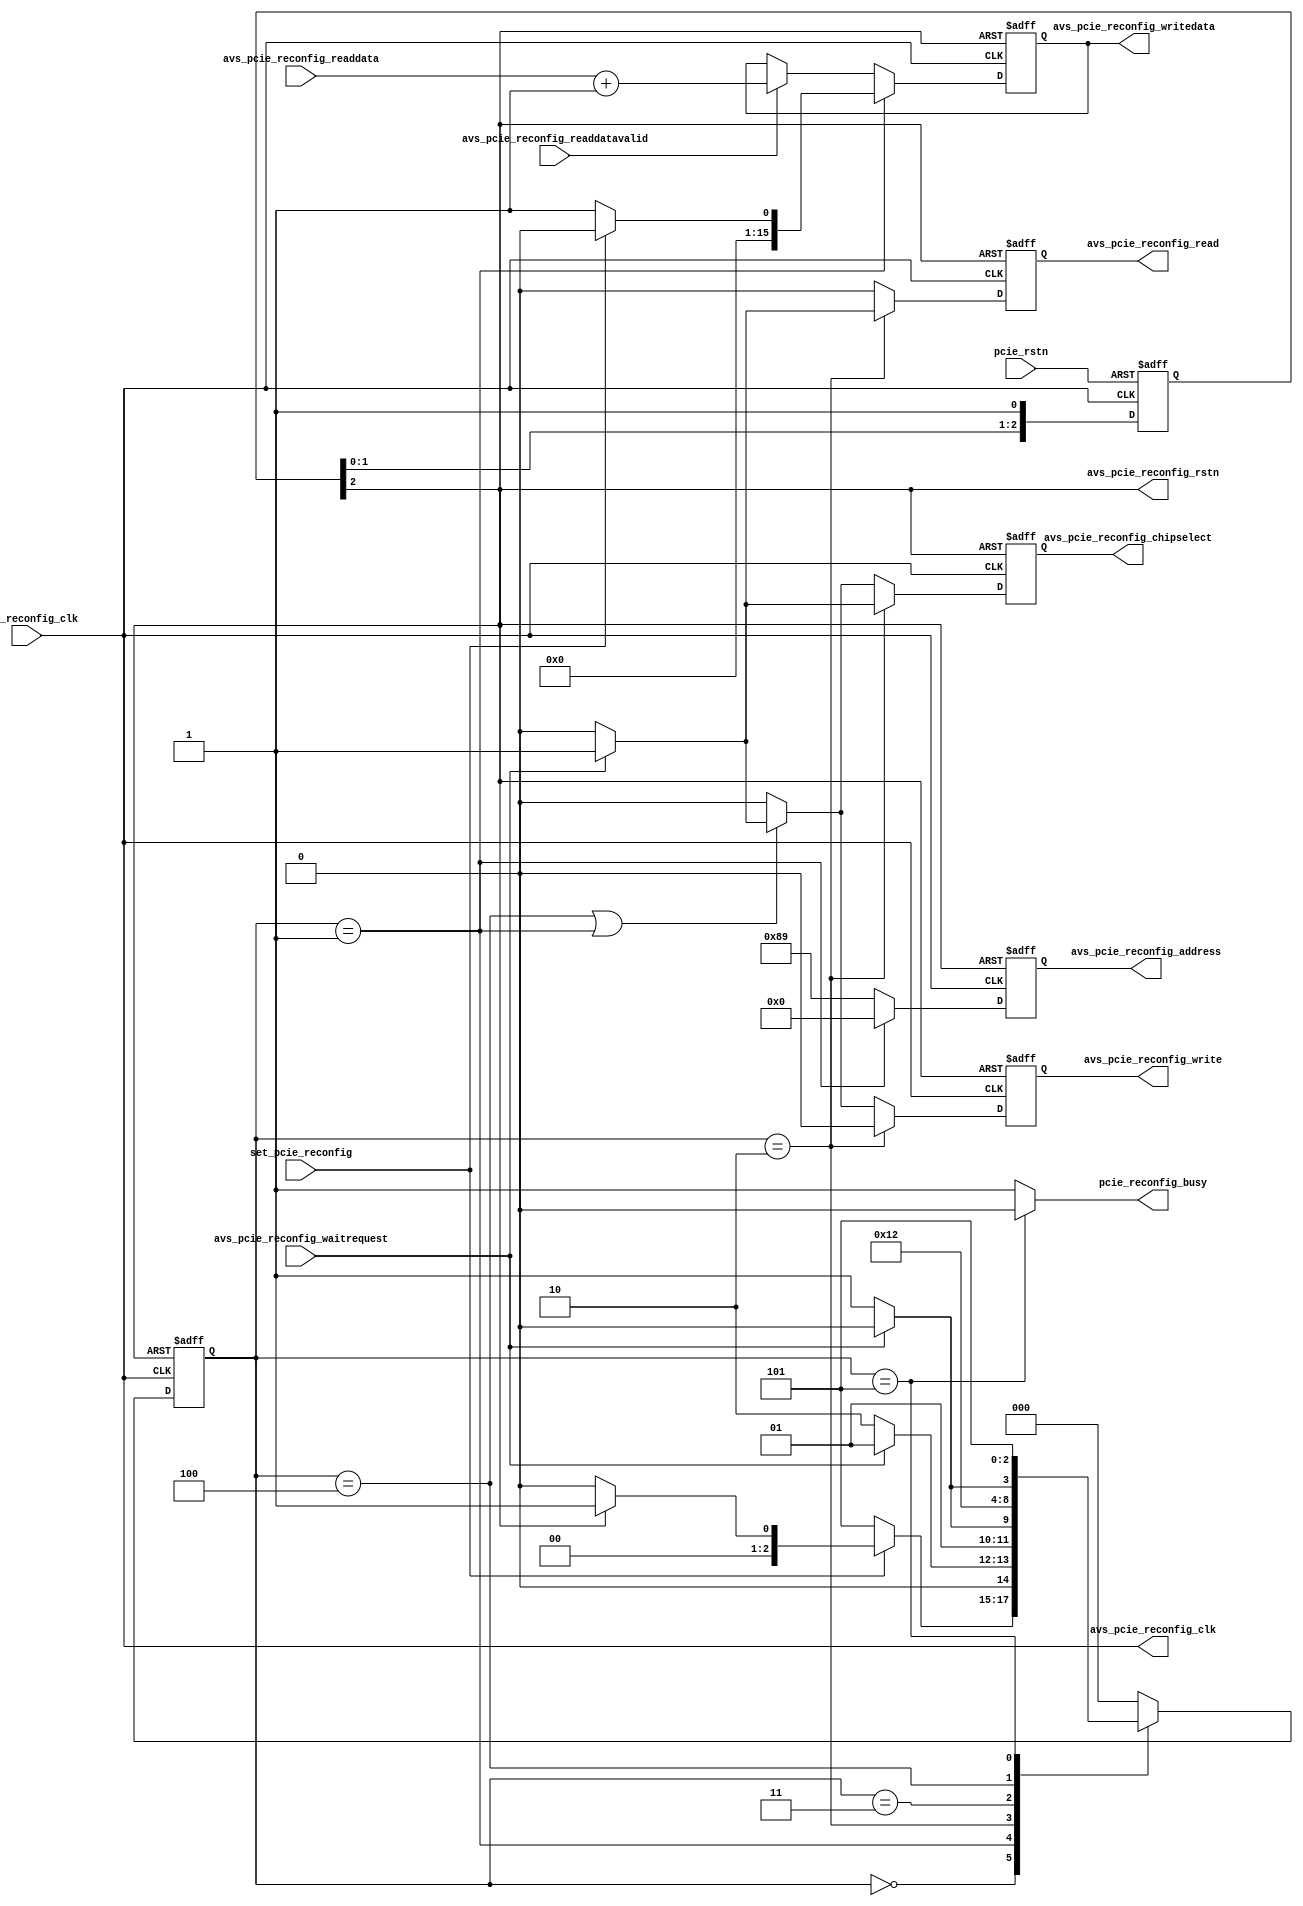
// /**
//  * This Verilog HDL file is used for simulation and synthesis in
//  * the chaining DMA design example. It arbitrates PCI Express packets for
//  * the modules altpcierd_dma_dt (read or write) and altpcierd_rc_slave. It
//  * instantiates the Endpoint memory used for the DMA read and write transfer.
//  */
// synthesis translate_off
`timescale 1ns / 1ps
// synthesis translate_on

// synthesis verilog_input_version verilog_2001
// turn off superfluous verilog processor warnings
// altera message_level Level1
// altera message_off 10034 10035 10036 10037 10230 10240 10030

//-----------------------------------------------------------------------------
// Title         : PCI Express Reference Design Example Application
// Project       : PCI Express MegaCore function
//-----------------------------------------------------------------------------
//-----------------------------------------------------------------------------
// Description :
// This is the complete example application for the PCI Express Reference
// Design. This has all of the application logic for the example.
//-----------------------------------------------------------------------------
// Copyright  2009 Altera Corporation. All rights reserved.  Altera products are
// protected under numerous U.S. and foreign patents, maskwork rights, copyrights and
// other intellectual property laws.
//
// This reference design file, and your use thereof, is subject to and governed by
// the terms and conditions of the applicable Altera Reference Design License Agreement.
// By using this reference design file, you indicate your acceptance of such terms and
// conditions between you and Altera Corporation.  In the event that you do not agree with
// such terms and conditions, you may not use the reference design file. Please promptly
// destroy any copies you have made.
//
// This reference design file being provided on an "as-is" basis and as an accommodation
// and therefore all warranties, representations or guarantees of any kind
// (whether express, implied or statutory) including, without limitation, warranties of
// merchantability, non-infringement, or fitness for a particular purpose, are
// specifically disclaimed.  By making this reference design file available, Altera
// expressly does not recommend, suggest or require that this reference design file be
// used in combination with any other product not provided by Altera.
//-----------------------------------------------------------------------------
module altpcierd_pcie_reconfig_initiator
    (
  output reg [  7: 0]   avs_pcie_reconfig_address,
  output reg            avs_pcie_reconfig_chipselect,
  output reg            avs_pcie_reconfig_write,
  output reg [ 15: 0]   avs_pcie_reconfig_writedata,
  input                 avs_pcie_reconfig_waitrequest,
  output reg            avs_pcie_reconfig_read,
  input [15: 0]         avs_pcie_reconfig_readdata,
  input                 avs_pcie_reconfig_readdatavalid,
  output                avs_pcie_reconfig_clk,
  output                avs_pcie_reconfig_rstn,

  input                 pcie_rstn,
  input                 set_pcie_reconfig,
  input                 pcie_reconfig_clk,
  output                pcie_reconfig_busy
);

localparam IDLE_ST                  =0,
           ENABLE_PCIE_RECONFIG_ST  =1,
           READ_VENDOR_ID_ST        =2,
           VENDOR_ID_UPD_ST         =3,
           WRITE_VENDOR_ID_ST       =4,
           PCIE_RECONFIG_DONE_ST    =5;

reg [2:0] cstate;
reg [2:0] nstate;
reg [2:0] pcie_rstn_sync /* synthesis ALTERA_ATTRIBUTE = "SUPPRESS_DA_RULE_INTERNAL=R102 ; SUPPRESS_DA_RULE_INTERNAL=R101"  */;

   assign pcie_reconfig_busy = (cstate==PCIE_RECONFIG_DONE_ST)?1'b0:1'b1;
   assign avs_pcie_reconfig_rstn = pcie_rstn_sync[2];
   assign avs_pcie_reconfig_clk = pcie_reconfig_clk;

   always @*
   case (cstate)
      IDLE_ST:
         if (set_pcie_reconfig==1'b1) begin
            if (pcie_rstn_sync[2]==1'b1)
               nstate = ENABLE_PCIE_RECONFIG_ST;
            else
               nstate = IDLE_ST;
            end
         else
            nstate = PCIE_RECONFIG_DONE_ST;

      ENABLE_PCIE_RECONFIG_ST:
         if (avs_pcie_reconfig_waitrequest==1'b0)
            nstate = READ_VENDOR_ID_ST;
          else
            nstate = ENABLE_PCIE_RECONFIG_ST;

      READ_VENDOR_ID_ST:
         if (avs_pcie_reconfig_waitrequest==1'b0)
            nstate = VENDOR_ID_UPD_ST;
          else
            nstate = READ_VENDOR_ID_ST;

      VENDOR_ID_UPD_ST:
         nstate = WRITE_VENDOR_ID_ST;

      WRITE_VENDOR_ID_ST:
         if (avs_pcie_reconfig_waitrequest==1'b0)
            nstate = PCIE_RECONFIG_DONE_ST;
          else
            nstate = WRITE_VENDOR_ID_ST;

      PCIE_RECONFIG_DONE_ST:
            nstate = PCIE_RECONFIG_DONE_ST;

      default:
         nstate = IDLE_ST;

   endcase

   always @ (negedge pcie_rstn_sync[2] or posedge pcie_reconfig_clk) begin
      if (pcie_rstn_sync[2]==1'b0) begin
         avs_pcie_reconfig_address     <=8'h0;
         avs_pcie_reconfig_chipselect  <=1'b0;
         avs_pcie_reconfig_write       <=1'b0;
         avs_pcie_reconfig_writedata   <=16'h0;
         avs_pcie_reconfig_read        <=1'b0;
      end
      else begin
         if (cstate==ENABLE_PCIE_RECONFIG_ST)
            avs_pcie_reconfig_address     <=8'h0;
         else
            avs_pcie_reconfig_address     <={1'b1, 7'h09}; //Vendor ID

         if (cstate==ENABLE_PCIE_RECONFIG_ST)
            avs_pcie_reconfig_writedata <= (set_pcie_reconfig==1'b1)?16'h0:16'h1;
         else if (avs_pcie_reconfig_readdatavalid==1'b1)
            avs_pcie_reconfig_writedata <= avs_pcie_reconfig_readdata+1;

         if (cstate==READ_VENDOR_ID_ST) begin
            if (avs_pcie_reconfig_waitrequest==1'b1) begin
               avs_pcie_reconfig_chipselect  <=1'b1;
               avs_pcie_reconfig_read        <=1'b1;
            end
            else begin
               avs_pcie_reconfig_chipselect  <=1'b0;
               avs_pcie_reconfig_read        <=1'b0;
            end
            avs_pcie_reconfig_write       <=1'b0;
         end
         else if ((cstate==WRITE_VENDOR_ID_ST) ||
                        (cstate==ENABLE_PCIE_RECONFIG_ST)) begin
            if (avs_pcie_reconfig_waitrequest==1'b1) begin
               avs_pcie_reconfig_chipselect  <=1'b1;
               avs_pcie_reconfig_write       <=1'b1;
            end
            else begin
               avs_pcie_reconfig_chipselect  <=1'b0;
               avs_pcie_reconfig_write       <=1'b0;
            end
            avs_pcie_reconfig_read        <=1'b0;
         end
         else begin
            avs_pcie_reconfig_chipselect  <=1'b0;
            avs_pcie_reconfig_write       <=1'b0;
            avs_pcie_reconfig_read        <=1'b0;
         end
      end
   end

   always @ (negedge pcie_rstn_sync[2] or posedge pcie_reconfig_clk) begin
      if (pcie_rstn_sync[2]==1'b0)
         cstate <= IDLE_ST;
      else
         cstate <= nstate;
   end

   always @ (negedge pcie_rstn or posedge pcie_reconfig_clk) begin
      if (pcie_rstn==1'b0)
         pcie_rstn_sync <= 3'b000;
      else  begin
         pcie_rstn_sync[0]<=1'b1;
         pcie_rstn_sync[1]<=pcie_rstn_sync[0];
         pcie_rstn_sync[2]<=pcie_rstn_sync[1];
      end
   end

endmodule